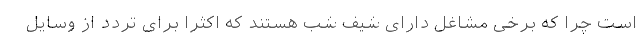
است چرا که برخی مشاغل دارای شیف شب هستند که اکثرا برای تردد از وسایل